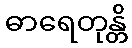
ဓာရေတုန္တိ